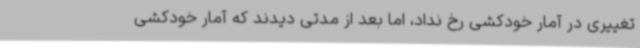
تغییری در آمار خودکشی رخ نداد، اما بعد از مدتی دیدند که آمار خودکشی